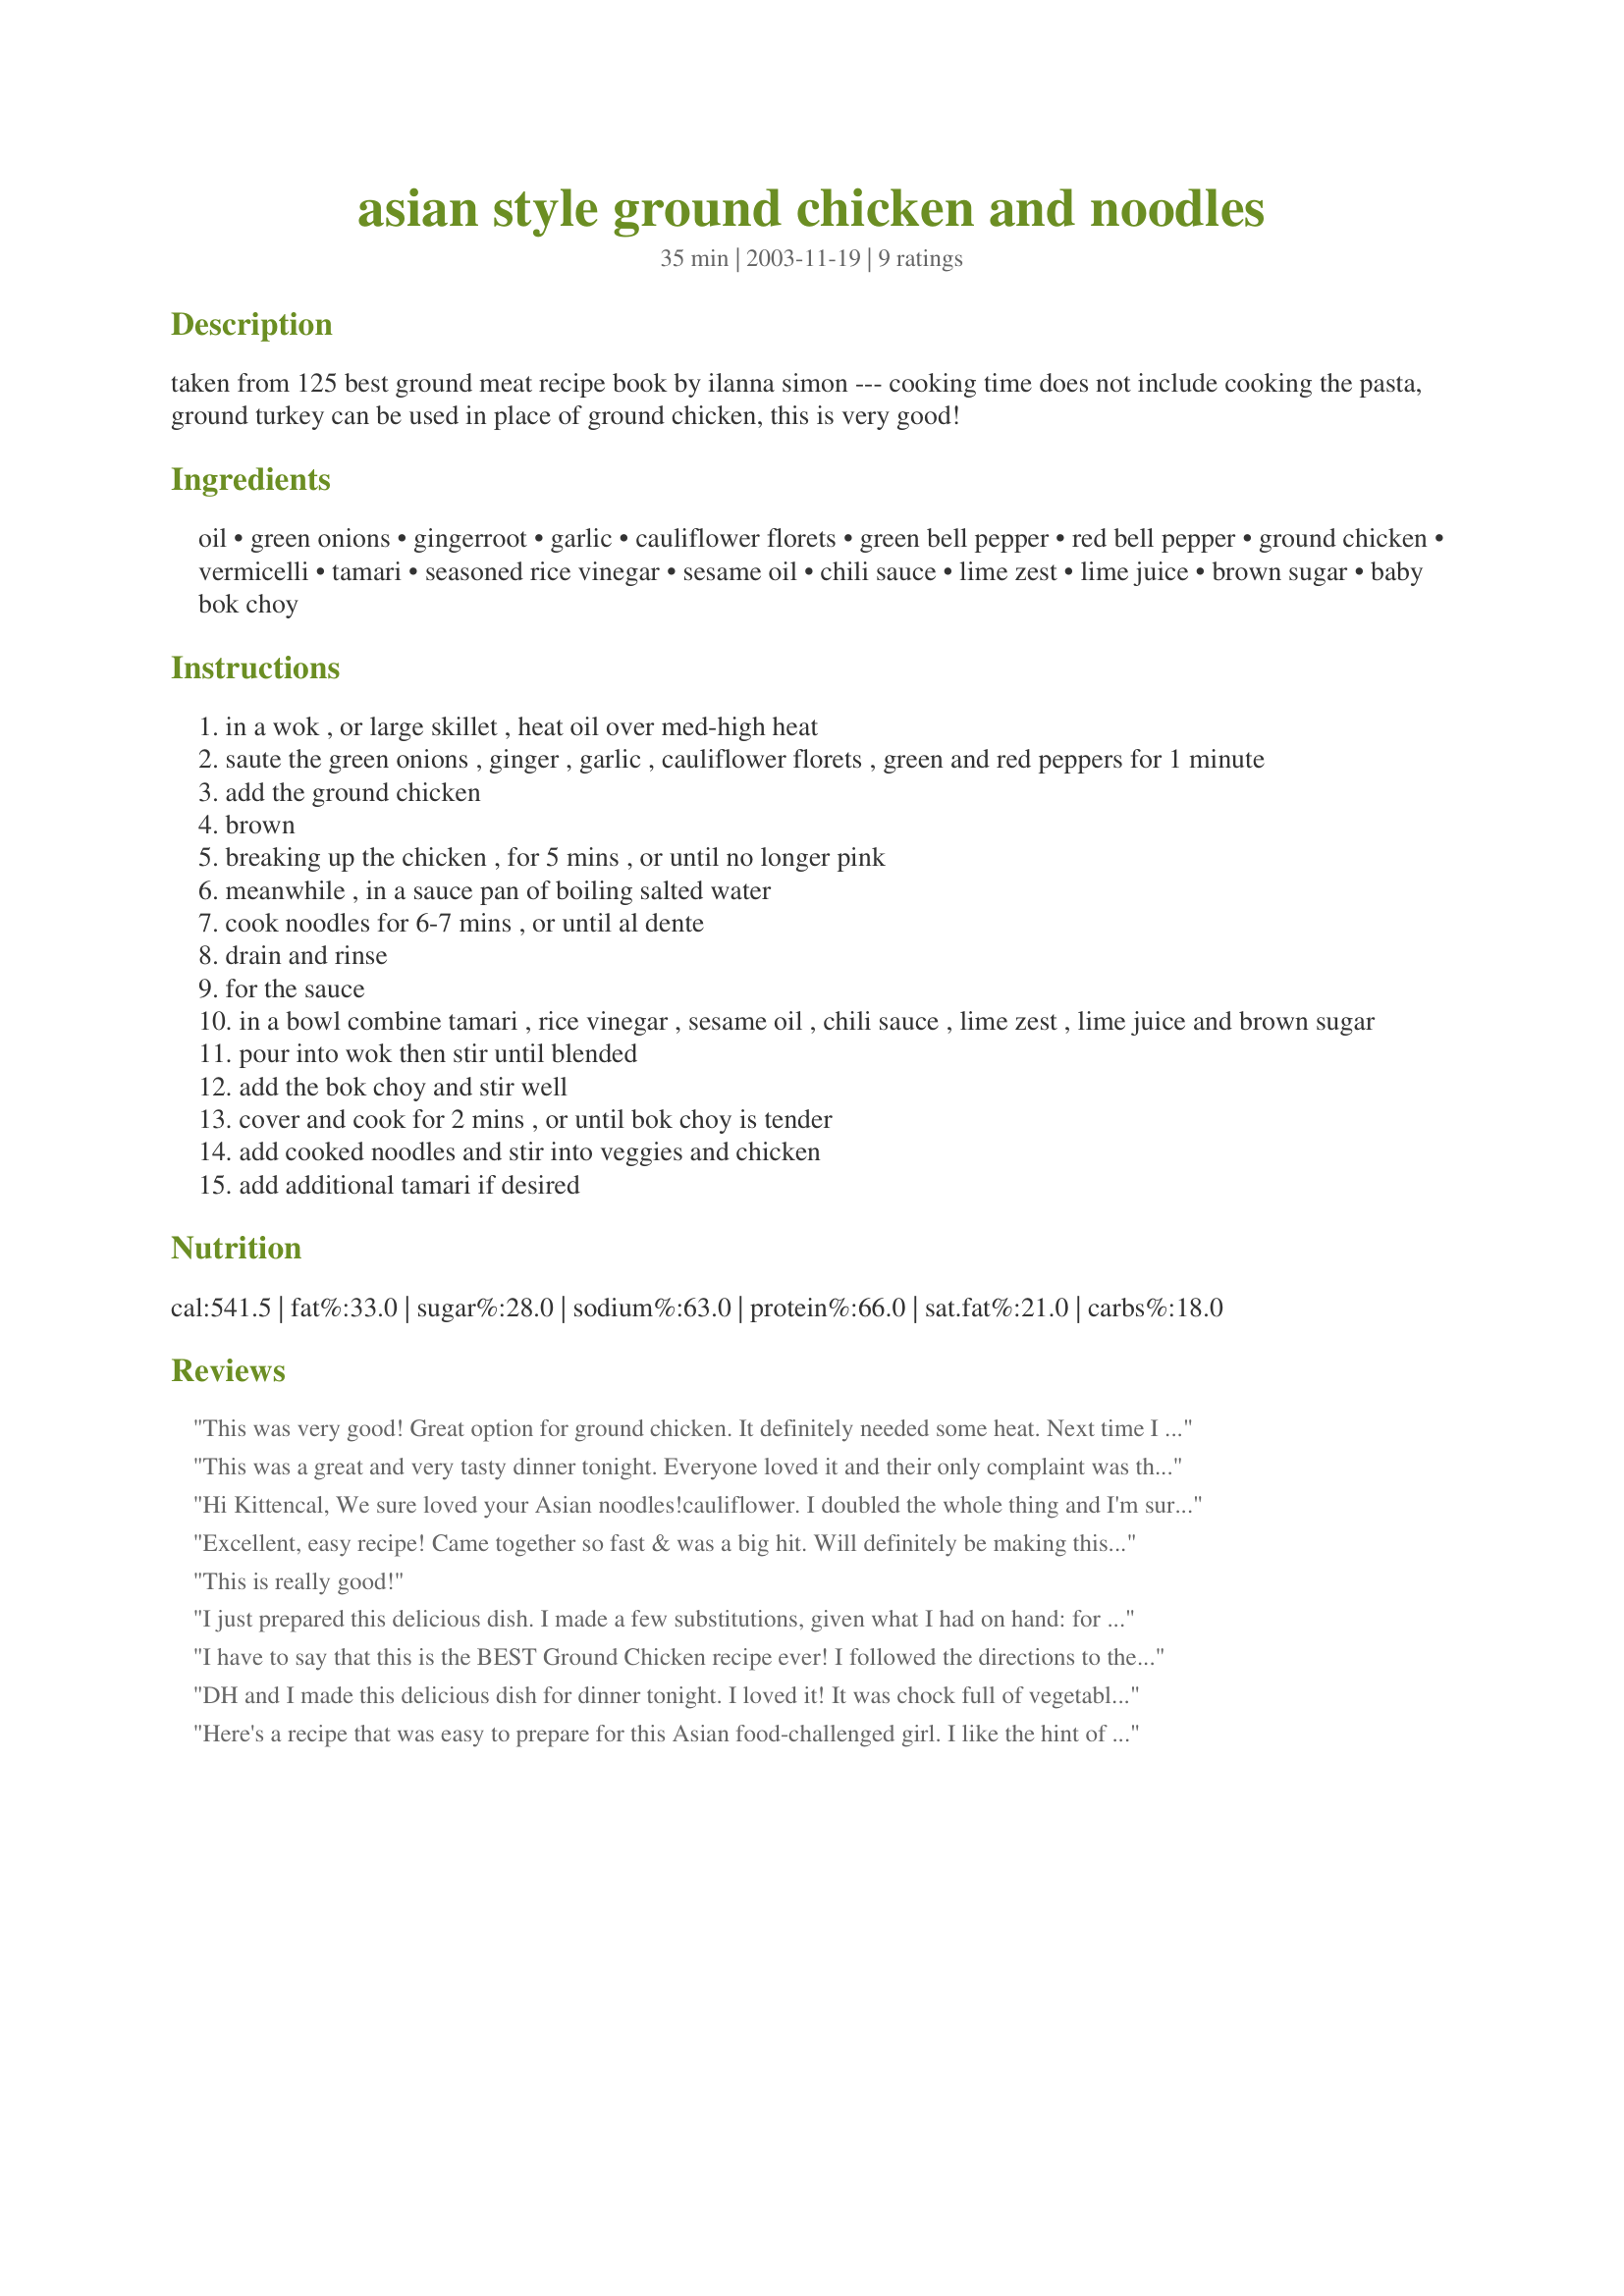
asian style ground chicken and noodles
Preparation time: 35 minutes

taken from 125 best ground meat recipe book by ilanna simon --- cooking time does not include cooking the pasta, ground turkey can be used in place of ground chicken, this is very good!

Ingredients:
oil, green onions, gingerroot, garlic, cauliflower florets, green bell pepper, red bell pepper, ground chicken, vermicelli, tamari, seasoned rice vinegar, sesame oil, chili sauce, lime zest, lime juice, brown sugar, baby bok choy

Steps:
in a wok , or large skillet , heat oil over med-high heat
saute the green onions , ginger , garlic , cauliflower florets , green and red peppers for 1 minute
add the ground chicken
brown
breaking up the chicken , for 5 mins , or until no longer pink
meanwhile , in a sauce pan of boiling salted water
cook noodles for 6-7 mins , or until al dente
drain and rinse
for the sauce
in a bowl combine tamari , rice vinegar , sesame oil , chili sauce , lime zest , lime juice and brown sugar
pour into wok then stir until blended
add the bok choy and stir well
cover and cook for 2 mins , or until bok choy is tender
add cooked noodles and stir into veggies and chicken
add additional tamari if desired

Reviews:
This was very good! Great option for ground chicken. It definitely needed some heat. Next time I will add some crushed red pepper.
This was a great and very tasty dinner tonight. Everyone loved it and their only complaint was that I hadn't doubled the recipe. Easy to put to together and I think this dish could lend itself well to lots of different veggies. It reminded me of a lo mein of sorts, thanks so much!
Hi Kittencal,
We sure loved your Asian noodles!cauliflower. I doubled the whole thing and I'm sure glad I did. I had extra ingredients so once we were done eating I whipped up another batch for tomorrow! This is going to be made often in this house!
Roxygirl

Roxygirl
Excellent, easy recipe! Came together so fast & was a big hit. Will definitely be making this again!!
This is really good!
I just prepared this delicious dish. I made a few substitutions, given what I had on hand: for ginger, I used 2 frozen ginger cubes dissolved in the smallest amount of boiling water; the vegetables I sauteed include 1 medium-sized sweet onion, 1 chopped medium-sized zucchini, 1 large bag of frozen broccoli. I also added about 1/2 tsp of spicy red pepper flakes to the sauce. In place of using a lime, I used a Meyer lemon. For sugar, I used 1 tsp raw sugar. This dish is extremely delicious! I hope I make it again soon!
I have to say that this is the BEST Ground Chicken recipe ever! I followed the directions to the &quot;T&quot; except I fried the ground chicken first. I seasoned the chicken with garlic, a little bit of garlic salt &amp; pepper. I then took it out of the pan and set it aside and continued with directions provided, of cooking the veggies. I then added the meat back and cooked it until the cauliflower was just right.. The rest is history! I also doubled the SAUCE recipe just in case it needed more flavor towards the end. I highly recommend this recipe!
DH and I made this delicious dish for dinner tonight. I loved it! It was chock full of vegetables, with really nice flavor. DH added a little extra tamari and some red pepper flakes to his. He suggested next time doubling the sauce, possibly seasoning the ground chicken before cooking, and adding some crushed red pepper for kick. I liked it as is and didn't really feel it needed any changes. We followed all directions and ingredients as listed. Thanks for this keeper. I will definitely be making this again.
Here's a recipe that was easy to prepare for this Asian food-challenged girl. I like the hint of sweetness in the sauce. I accidentally used galangal instead of gingerroot. Ooopsie.
